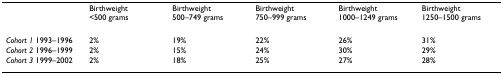
<table><thead><tr><td></td><td><b>Birthweight &lt;500 grams</b></td><td><b>Birthweight 500–749 grams</b></td><td><b>Birthweight 750–999 grams</b></td><td><b>Birthweight 1000–1249 grams</b></td><td><b>Birthweight 1250–1500 grams</b></td></tr></thead><tbody><tr><td><i>Cohort 1 </i>1993–1996</td><td>2%</td><td>19%</td><td>22%</td><td>26%</td><td>31%</td></tr><tr><td><i>Cohort 2 </i>1996–1999</td><td>2%</td><td>15%</td><td>24%</td><td>30%</td><td>29%</td></tr><tr><td><i>Cohort 3 </i>1999–2002</td><td>2%</td><td>18%</td><td>25%</td><td>27%</td><td>28%</td></tr></tbody></table>